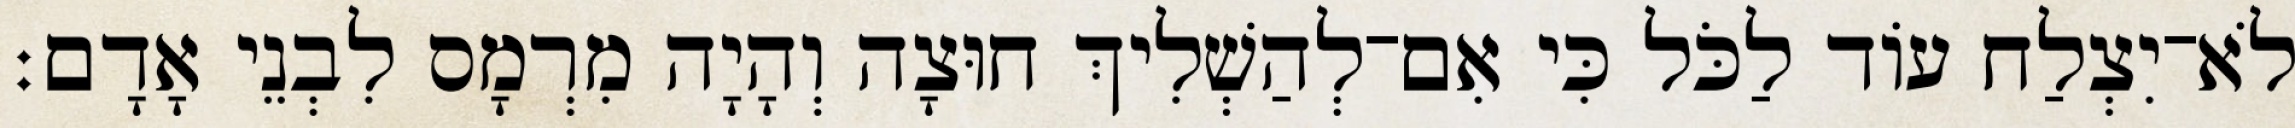
לֹא־יִצְלַח עוֹד לַכֹּל כִּי אִם־לְהַשְׁלִיךְ חוּצָה וְהָיָה מִרְמָס לִבְנֵי אָדָם׃